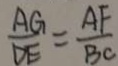
\frac { A G } { D E } = \frac { A F } { B C }